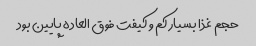
حجم غذا بسیار کم و کیفت فوق العاده پایین بود